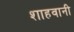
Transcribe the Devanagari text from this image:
शाहवानी